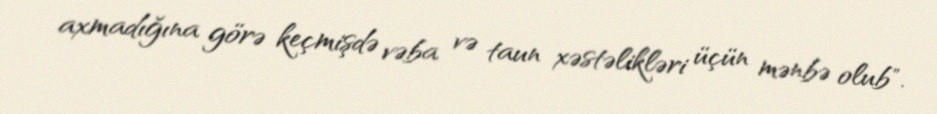
axmadığına görə keçmişdə vəba və taun xəstəlikləri üçün mənbə olub".